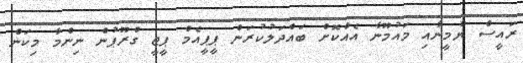
ރައީސް ޔާމީނާއި މައުމޫނާ އެއްކޮށް ބައްދަލުކުރަން ޕީޕީއެމް ޕީޖީ ގްރޫޕުން ނިންމާ މިކަން